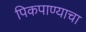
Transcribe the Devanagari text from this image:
पिकपाण्याचा